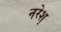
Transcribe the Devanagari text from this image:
नरेश्